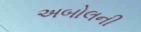
અબોલની